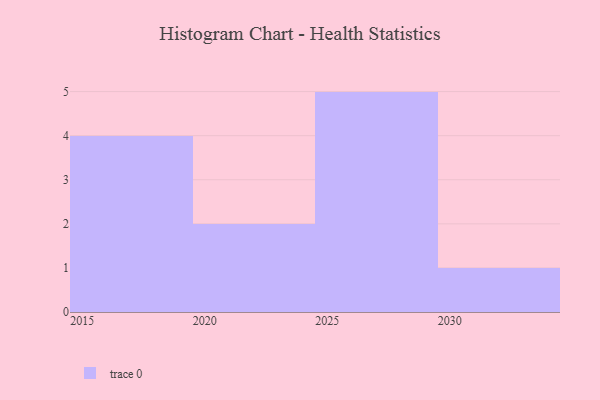
{"axis": {"x": "Year", "y": "Temperature (°C)"}, "legend": [""], "data": [{"x": "2026", "y": 76, "type": ""}, {"x": "2017", "y": 32, "type": ""}, {"x": "2022", "y": 67, "type": ""}, {"x": "2018", "y": 42, "type": ""}, {"x": "2027", "y": 42, "type": ""}, {"x": "2016", "y": 89, "type": ""}, {"x": "2028", "y": 82, "type": ""}, {"x": "2025", "y": 13, "type": ""}, {"x": "2019", "y": 62, "type": ""}, {"x": "2029", "y": 34, "type": ""}, {"x": "2021", "y": 17, "type": ""}, {"x": "2030", "y": 59, "type": ""}]}